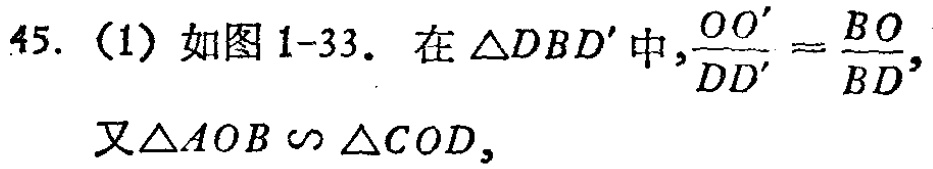
45. (1) 如图1-33. 在$\triangle DBD'$中,$\frac{OO'}{DD'}=\frac{BO}{BD}$, 又$\triangle AOB \backsim \triangle COD$,